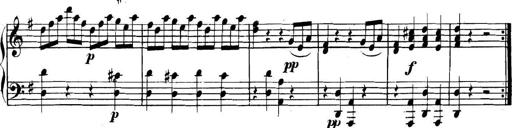
Title: Collected Piano Sonatas
Composer: Muzio Clementi